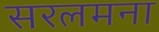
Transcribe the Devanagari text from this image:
सरलमना